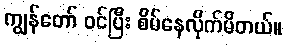
ကျွန်တော် ဝင်ပြီး စိမ်နေလိုက်မိတယ်။